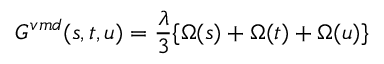
G ^ { v m d } ( s , t , u ) = \frac { \lambda } { 3 } \{ \Omega ( s ) + \Omega ( t ) + \Omega ( u ) \}